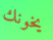
يخونك